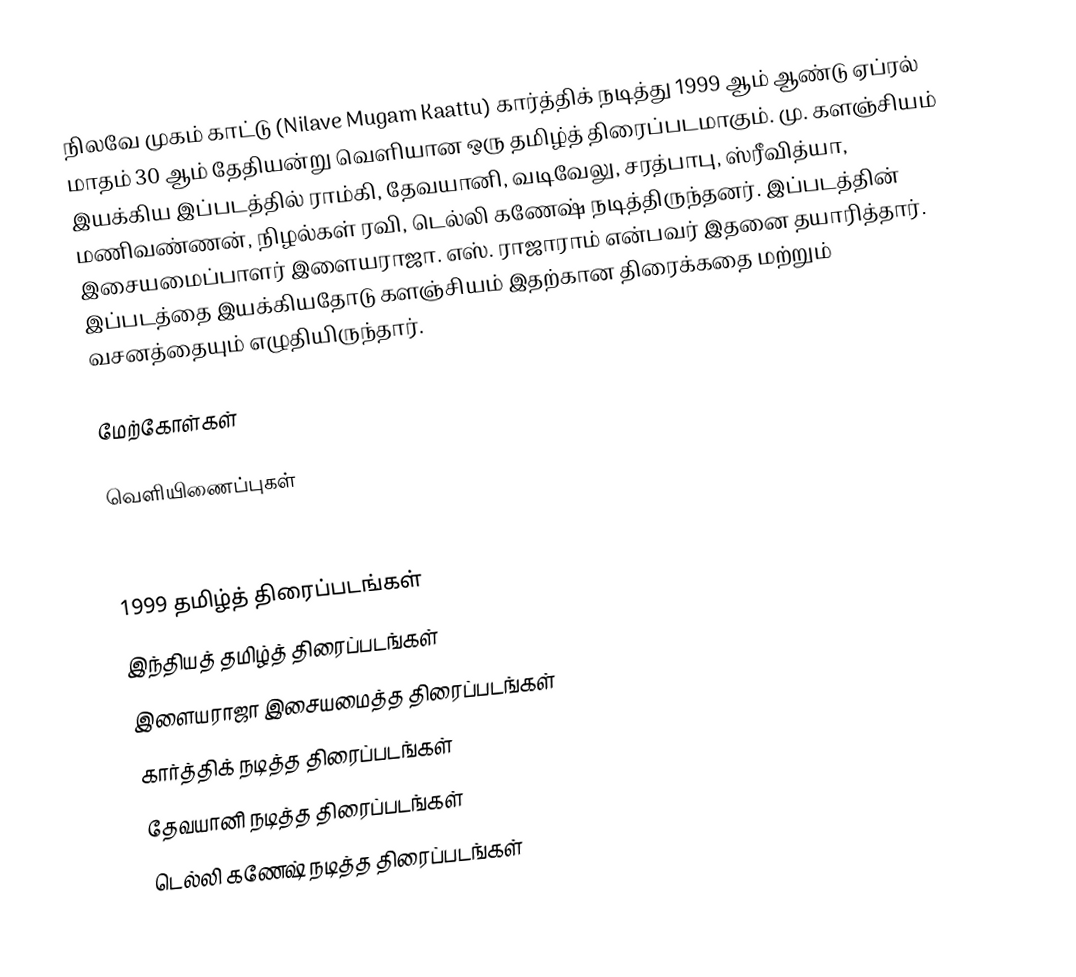
நிலவே முகம் காட்டு (Nilave Mugam Kaattu) கார்த்திக் நடித்து 1999 ஆம் ஆண்டு ஏப்ரல் மாதம் 30 ஆம் தேதியன்று வெளியான ஒரு தமிழ்த் திரைப்படமாகும். மு. களஞ்சியம் இயக்கிய இப்படத்தில் ராம்கி, தேவயானி, வடிவேலு, சரத்பாபு, ஸ்ரீவித்யா, மணிவண்ணன், நிழல்கள் ரவி, டெல்லி கணேஷ் நடித்திருந்தனர். இப்படத்தின் இசையமைப்பாளர் இளையராஜா. எஸ். ராஜாராம் என்பவர் இதனை தயாரித்தார். இப்படத்தை இயக்கியதோடு களஞ்சியம் இதற்கான திரைக்கதை மற்றும் வசனத்தையும் எழுதியிருந்தார்.

மேற்கோள்கள்

வெளியிணைப்புகள்

1999 தமிழ்த் திரைப்படங்கள்
இந்தியத் தமிழ்த் திரைப்படங்கள்
இளையராஜா இசையமைத்த திரைப்படங்கள்
கார்த்திக் நடித்த திரைப்படங்கள்
தேவயானி நடித்த திரைப்படங்கள்
டெல்லி கணேஷ் நடித்த திரைப்படங்கள்